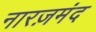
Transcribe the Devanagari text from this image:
नारज़मंद